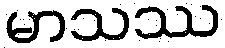
မာသဿ